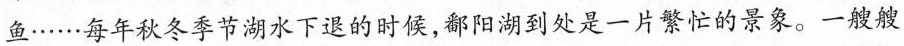
鱼……每年秋冬季节湖水下退的时候，鄱阳湖到处是一片繁忙的景象。一艘艘